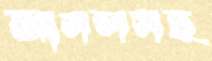
আসলসহ